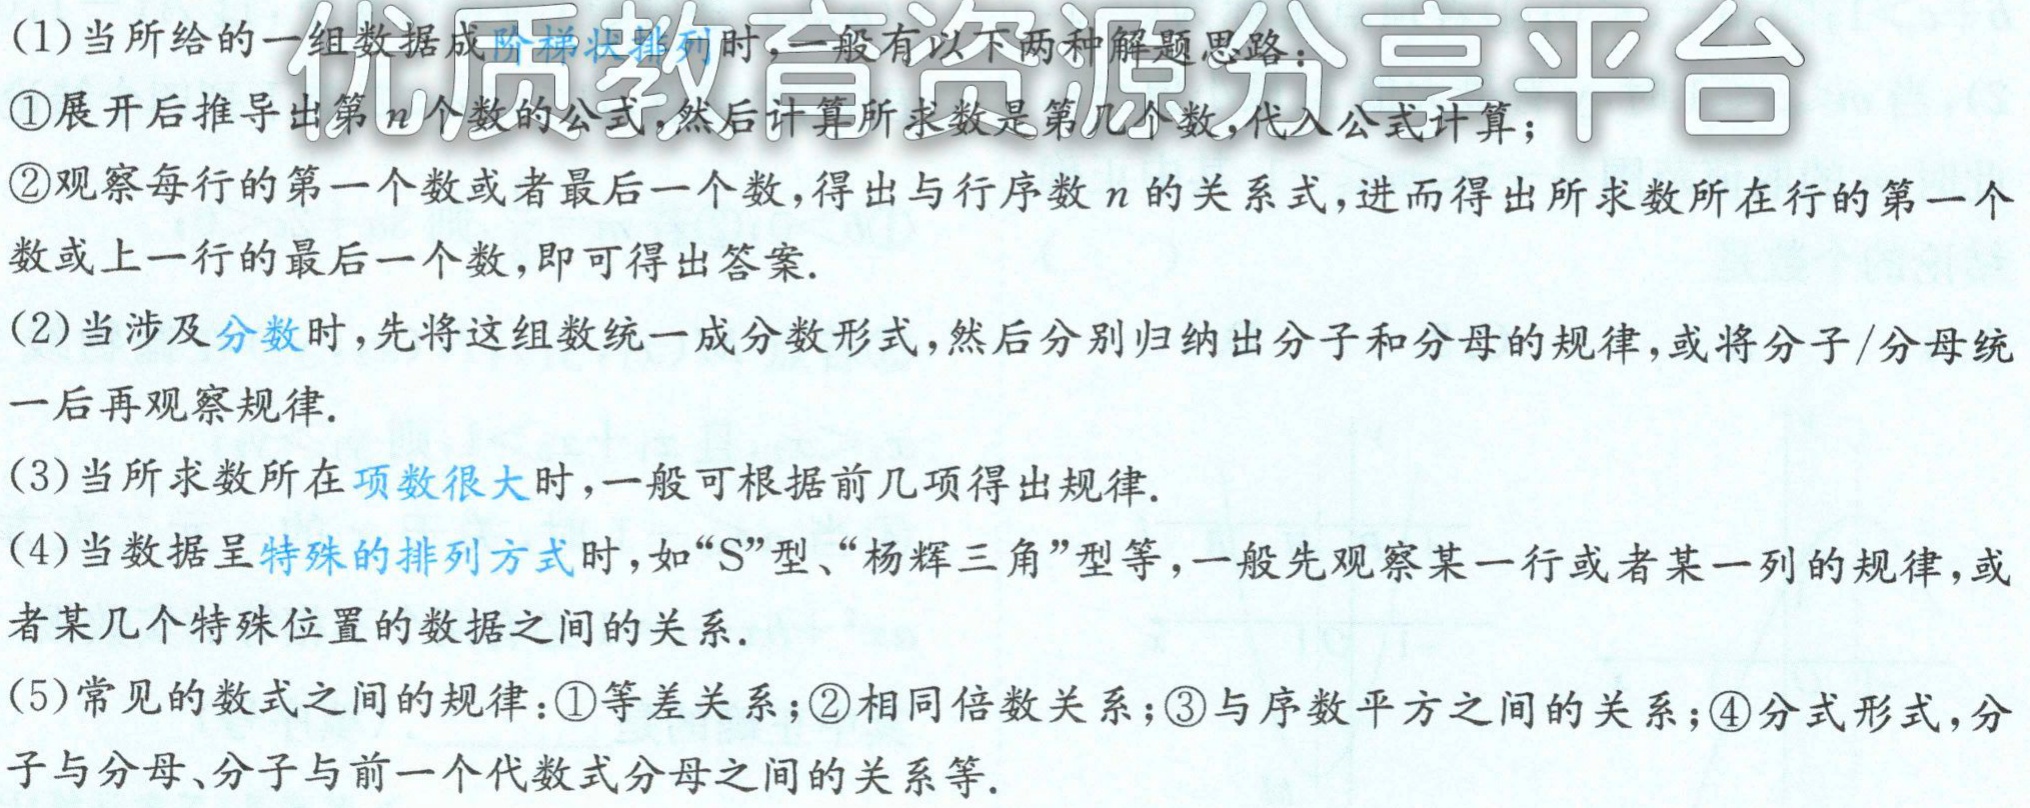
(1)当所给的一组数据成阶梯状排列时，一般有以下两种解题思路：
\textcircled{1}展开后推导出第\(n\)个数的公式，然后计算所求数是第几个数，代入公式计算；
\textcircled{2}观察每行的第一个数或者最后一个数，得出与行序数\(n\)的关系式，进而得出所求数所在行的第一个数或上一行的最后一个数，即可得出答案.
(2)当涉及分数时，先将这组数统一成分数形式，然后分别归纳出分子和分母的规律，或将分子/分母统一后再观察规律.
(3)当所求数所在项数很大时，一般可根据前几项得出规律.
(4)当数据呈特殊的排列方式时，如“S”型、“杨辉三角”型等，一般先观察某一行或者某一列的规律，或者某几个特殊位置的数据之间的关系.
(5)常见的数式之间的规律：\textcircled{1}等差关系；\textcircled{2}相同倍数关系；\textcircled{3}与序数平方之间的关系；\textcircled{4}分式形式，分子与分母、分子与前一个代数式分母之间的关系等.